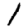
Digit: 1